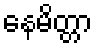
နေမိတ္တာ